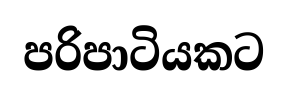
පරිපාටියකට